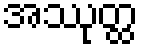
အဿုတ္ထ